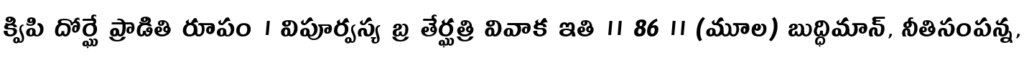
క్విపి దోర్ఘే ప్రాడితి రూపం । విపూర్వస్య బ్ర తేర్ఘత్రి వివాక ఇతి ॥ 86 ।। (మూల) బుద్ధిమాన్, నీతిసంపన్న,